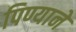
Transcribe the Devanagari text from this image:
पिण्याने